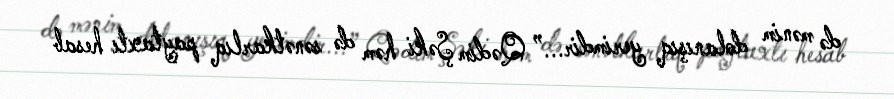
də mənim dolanışıq yerimdir...” Qədim Şəki həm də sənətkarlıq paytaxtı hesab